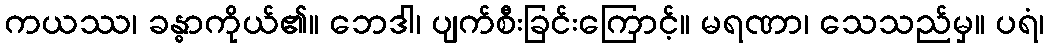
ကယဿ၊ ခန္ဓာကိုယ်၏။ ဘေဒါ၊ ပျက်စီးခြင်းကြောင့်။ မရဏာ၊ သေသည်မှ။ ပရံ၊